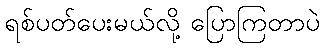
ရစ်ပတ်ပေးမယ်လို့ ပြောကြတာပဲ